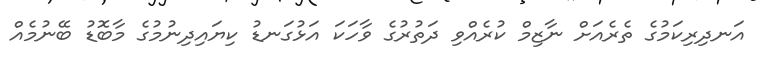
އަނދިރިކަމުގެ ތެރެއަށް ނާޒިމް ކުރެއްވި ދަތުރުގެ ވާހަކަ އަޅުގަނޑު ކިޔައިދިނުމުގެ މާބޮޑު ބޭނުމެއް